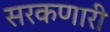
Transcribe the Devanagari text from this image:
सरकणारी